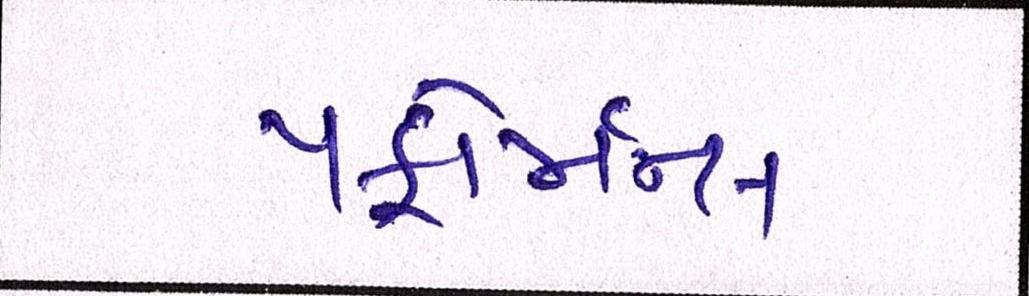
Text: પર્ફોર્મન્સ